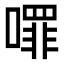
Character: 𭋈